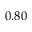
0 . 8 0